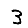
Digit: 3